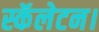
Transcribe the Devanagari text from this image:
स्कॅलेटन।